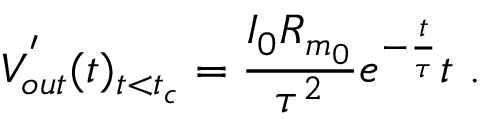
V _ { o u t } ^ { ' } ( t ) _ { t < t _ { c } } = \frac { I _ { 0 } R _ { m _ { 0 } } } { \tau ^ { 2 } } e ^ { - \frac { t } { \tau } } t ~ .